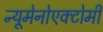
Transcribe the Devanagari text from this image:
न्यूमेनोएक्टोमी